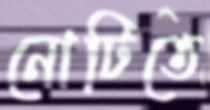
নোটিতে